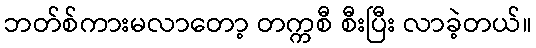
ဘတ်စ်ကားမလာတော့ တက္ကစီ စီးပြီး လာခဲ့တယ်။